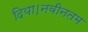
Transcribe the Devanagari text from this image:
दिया।नवीनतम